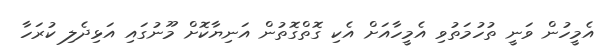
އެމީހުން ވަނީ ތުހުމަތުވި އެމީހާއަށް އެކި ގޮތްގޮތުން އަނިޔާކޮށް މޫނުގައި އަޅިދެލި ކުރަހާ